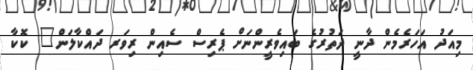
މިއަދު އަހަރެމެން ދާނީ ދަތުރުގެ ބައިވެރީންނަށް ޕެރިސް ސެއިން ރިވަރ ދައްކާލަން" ކޮކާ